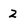
Character: 2